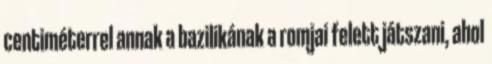
centiméterrel annak a bazilikának a romjai felett játszani, ahol